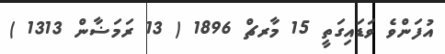
އުފަންވެ ވަޑައިގަތީ 15 މާރޗް 1896 ( 13 ރަމަޟާން 1313 )